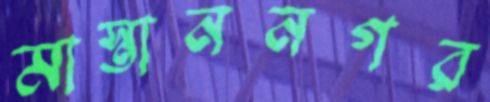
মাস্তাননগর